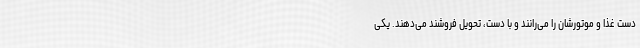
دست غذا و موتورشان را می‌رانند و با دست، تحویل فروشند می‌دهند. یکی